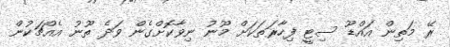
ރޭ މަތިން އައްޑޫ ސިޓީ ފިހާރަތަކަށް މޫނު ނިވާކޮށްގެން ވަދެ ތޫނު އެއްޗަކުން